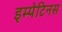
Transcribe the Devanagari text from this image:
इम्पेटिनस